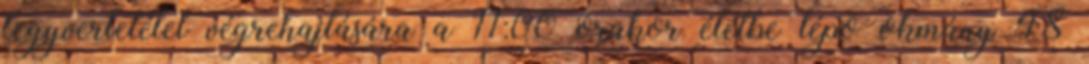
fegyverletétel végrehajtására a 11:00 órakor életbe lépõ okmány 48